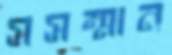
সসম্মান